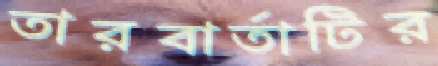
তারবার্তাটির